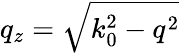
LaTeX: q_{z}=\sqrt{k_{0}^{2}-q^{2}}